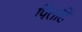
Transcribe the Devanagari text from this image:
पितहिं